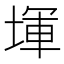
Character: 堚